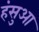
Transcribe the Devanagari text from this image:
हंसुआ